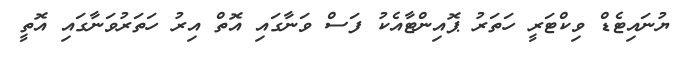
ޔުނައިޓެޑް ވިކްޓަރީ ހަތަރު ޕޮއިންޓާއެކު ފަސް ވަނާގައި އޮތް އިރު ހަތަރުވަނާގައި އޮތީ